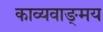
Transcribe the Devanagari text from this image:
काव्यवाङ्‌मय